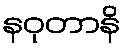
နဝုတာနိ